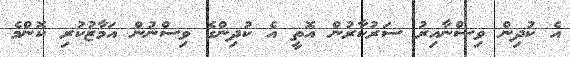
އެ ކުދިން ވިސްނާއިރު ސަރުކާރުން އޮތީ އެ ކުދިންގެ ވިސްނުން އަމާޒުކުރި ކޮންމެ